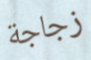
زجاجة